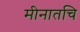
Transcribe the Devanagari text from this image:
मीनातचि